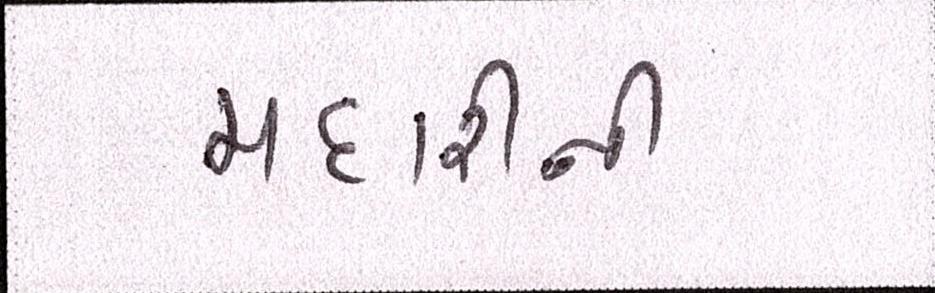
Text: મદારીની